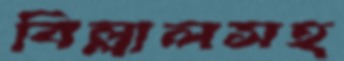
বিল্লালসহ